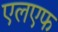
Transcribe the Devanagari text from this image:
एलएफ